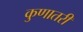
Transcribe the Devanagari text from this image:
कुणातरी